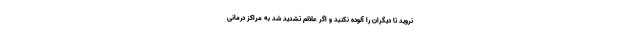
نروید تا دیگران را آلوده نکنید و اگر علائم تشدید شد به مراکز درمانی